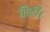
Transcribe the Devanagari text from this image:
तिर्की।